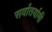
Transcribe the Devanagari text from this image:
सर्वांतर्यामी